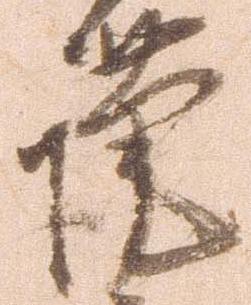
謹